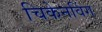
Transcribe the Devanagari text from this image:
चिकेनविंग